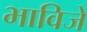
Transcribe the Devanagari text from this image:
भाविजे